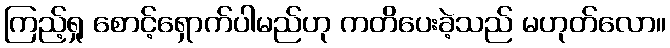
ကြည့်ရှု စောင့်ရှောက်ပါမည်ဟု ကတိပေးခဲ့သည် မဟုတ်လော။